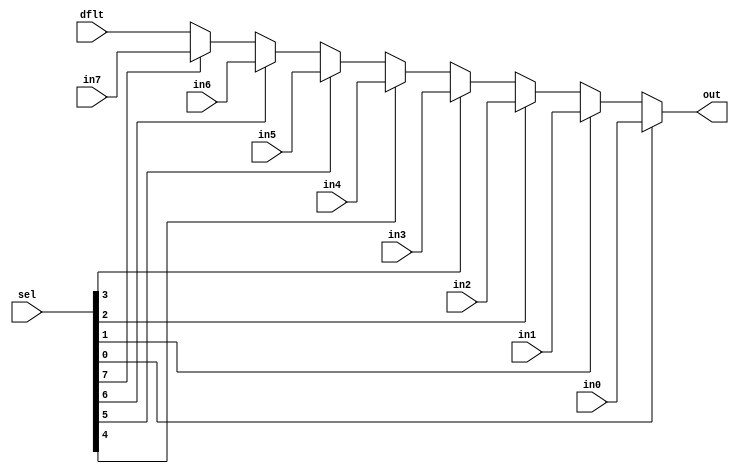
module Mux1hotWithDefault8 #(parameter WIDTH=1)
(
  input  [WIDTH-1:0]     in0,
  input  [WIDTH-1:0]     in1,
  input  [WIDTH-1:0]     in2,
  input  [WIDTH-1:0]     in3,
  input  [WIDTH-1:0]     in4,
  input  [WIDTH-1:0]     in5,
  input  [WIDTH-1:0]     in6,
  input  [WIDTH-1:0]     in7,
  input  [WIDTH-1:0]     dflt,
  input  [8-1:0]         sel,
  output reg [WIDTH-1:0] out
);
  always @(*)
  begin: MUX
    casez(sel)
      8'b???????1: out = in0;
      8'b??????1?: out = in1;
      8'b?????1??: out = in2;
      8'b????1???: out = in3;
      8'b???1????: out = in4;
      8'b??1?????: out = in5;
      8'b?1??????: out = in6;
      8'b1???????: out = in7;
      default: out = dflt;
    endcase
  end

endmodule